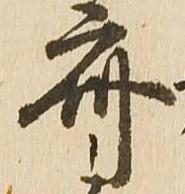
斎